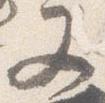
又